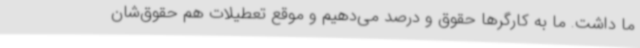
ما داشت. ما به کارگرها حقوق و درصد می‌دهیم و موقع تعطیلات هم حقوق‌شان